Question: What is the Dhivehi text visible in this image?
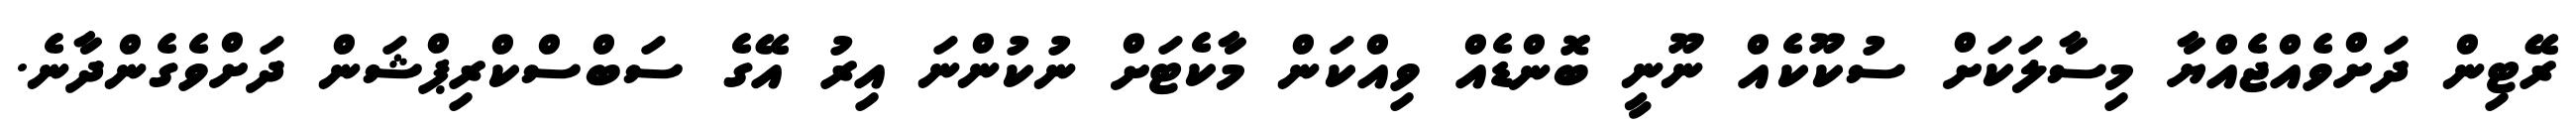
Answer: ރޭޓިން ދަށްވެއްޖެއްޔާ މިސާލަކަށް ސުކޫކެއް ނޫނީ ބޮންޑެއް ވިއްކަން މާކެޓަށް ނުކުންނަ އިރު އޭގެ ސަބްސްކްރިޕްޝަން ދަށްވެގެންދާނެ.